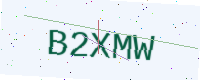
Text: B2XMW